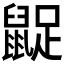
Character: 𪕝